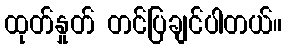
ထုတ်နှုတ် တင်ပြချင်ပါတယ်။